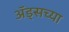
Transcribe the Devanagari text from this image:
अॅड्सच्या